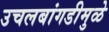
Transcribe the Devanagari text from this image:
उचलबांगडीमुळे